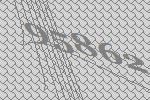
95862